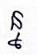
ន្ន